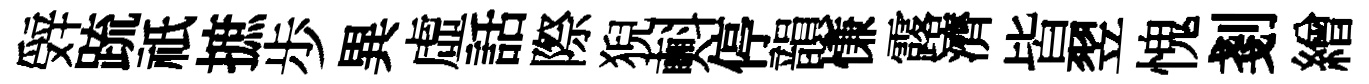
辤䟽祇摭歩異虛話際猊㪺停韻慊露濟皆翌愧剗繒